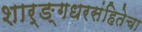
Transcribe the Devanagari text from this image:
शार्ङ्गधरसंहितेचा